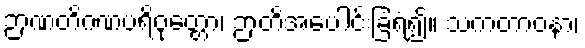
ဉာဏတိဂဏပရိဝုတ္တော၊ ဉာတိအပေါင်းခြံရံ၍။ သကတာဝနာ၊